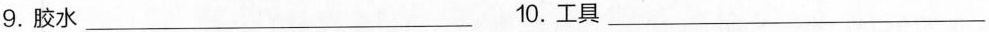
9.胶水_ 10.工具_